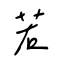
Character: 若